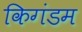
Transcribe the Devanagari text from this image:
किगंडम